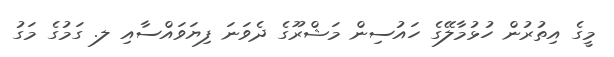
މީގެ އިތުރުން ހުޅުމާލޭގެ ހައުސިން މަޝްރޫގެ ދެވަނަ ފިޔަވައްސާއި ލ. ގަމުގެ މަގު